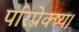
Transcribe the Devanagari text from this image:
परिप्रेक्ष्य।